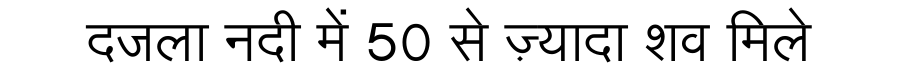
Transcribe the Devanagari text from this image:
दजला नदी में 50 से ज़्यादा शव मिले